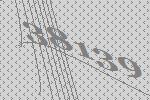
38139